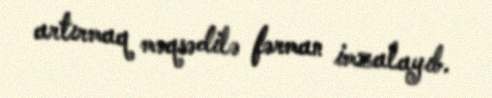
artırmaq məqsədilə fərman imzalayıb.